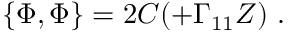
\{ \Phi , \Phi \} = 2 C ( \sl + \Gamma _ { 1 1 } Z ) \ .